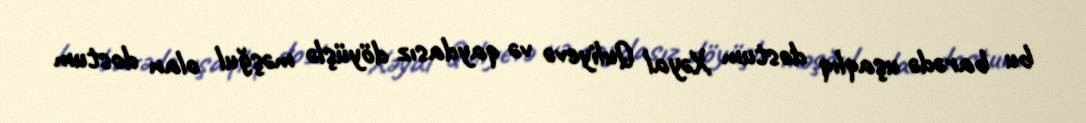
bu barədə uşaqlıq dostum Xəyal Quliyevə və qaydasız döyüşlə məşğul olan dostum